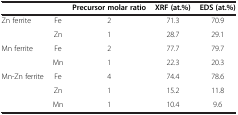
|  |  | Precursor molar ratio | XRF (at.%) | EDS (at.%) |
 | --- | --- | --- | --- | --- |
 | <ROWSPAN=2> Zn ferrite | Fe | 2 | 71.3 | 70.9 |
 | Zn | 1 | 28.7 | 29.1 |
 | <ROWSPAN=2> Mn ferrite | Fe | 2 | 77.7 | 79.7 |
 | Mn | 1 | 22.3 | 20.3 |
 | <ROWSPAN=3> Mn-Zn ferrite | Fe | 4 | 74.4 | 78.6 |
 | Zn | 1 | 15.2 | 11.8 |
 | Mn | 1 | 10.4 | 9.6 |